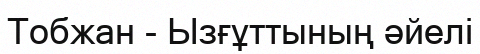
Тобжан - Ызғұттының әйелі